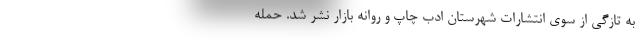
به تازگی از سوی انتشارات شهرستان ادب چاپ و روانه بازار نشر شد. حمله